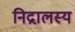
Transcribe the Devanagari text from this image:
निद्रालस्य